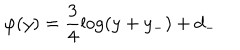
\varphi ( y ) = \frac { 3 } { 4 } \log ( y + y _ { - } ) + d _ { - }